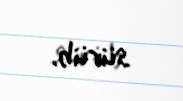
sürüb.